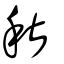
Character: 秌